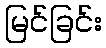
မြင်ခြင်း